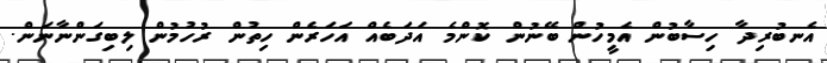
އެނބުރިދާ ހިސާބުން އެމީހުން ބޭނުން ކޮންމެ އަދަބެއް އަހަރެން ހިތުން ރުހުމުން ލިބިގަންނާނަން.